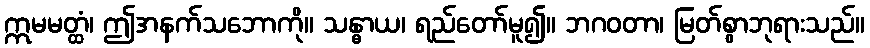
ဣမမတ္ထံ၊ ဤအနက်သဘောကို။ သန္ဓာယ၊ ရည်တော်မူ၍။ ဘဂဝတာ၊ မြတ်စွာဘုရားသည်။